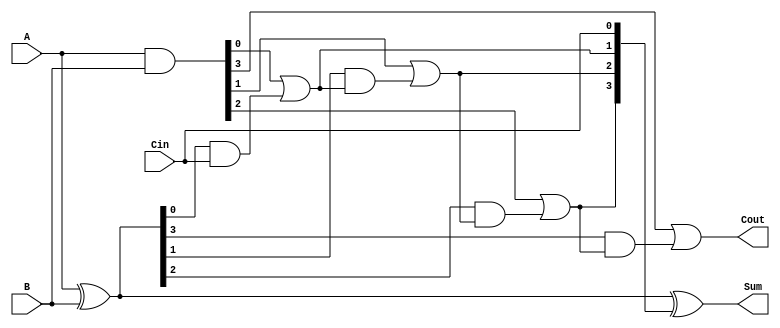
module CarryInLookaheadAdder #(
    parameter N = 4 // Number of bits for the operands
)(
    input  [N-1:0] A,    // First operand
    input  [N-1:0] B,    // Second operand
    input          Cin,   // Carry input
    output [N-1:0] Sum,   // Sum output
    output         Cout    // Carry output
);

    // Generate and Propagate signals
    wire [N-1:0] G; // Generate signals
    wire [N-1:0] P; // Propagate signals
    wire [N:0] C;   // Carry signals

    // Generate and propagate calculations
    assign G = A & B; // G[i] = A[i] & B[i]
    assign P = A ^ B; // P[i] = A[i] ^ B[i]

    // Carry calculation using lookahead logic
    assign C[0] = Cin; // C[0] = Cin
    genvar i;
    generate
        for (i = 0; i < N; i = i + 1) begin : carry_logic
            if (i == 0) begin
                assign C[i+1] = G[i] | (P[i] & C[i]);
            end else begin
                assign C[i+1] = G[i] | (P[i] & C[i]);
            end
        end
    endgenerate

    // Sum calculation
    assign Sum = P ^ C[N-1:0]; // Sum[i] = P[i] ^ C[i]

    // Carry out
    assign Cout = C[N]; // Cout = C[n]

endmodule